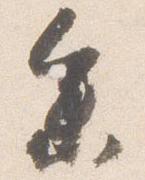
参